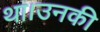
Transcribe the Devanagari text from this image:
था।उनकी